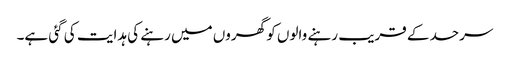
سرحد کے قریب رہنے والوں کو گھروں میں رہنے کی ہدایت کی گئی ہے۔